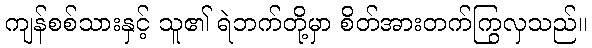
ကျန်စစ်သားနှင့် သူ၏ ရဲဘက်တို့မှာ စိတ်အားတက်ကြွလှသည်။